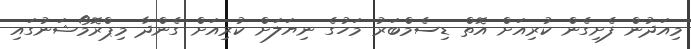
މިއަދުން ފެށިގެން ކުރިއަށް އޮތް ޑިސެމްބަރު މަހުގެ ނިޔަލަށް ކުރިއަށް ގެންދާ މިޕްރޮމޯޝަނުގައި